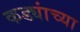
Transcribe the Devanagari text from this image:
कड्यांच्या